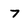
Character: 7